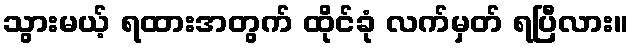
သွားမယ့် ရထားအတွက် ထိုင်ခုံ လက်မှတ် ရပြီလား။